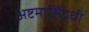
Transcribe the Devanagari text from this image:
अष्टमासिद्धी